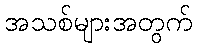
အသစ်များအတွက်